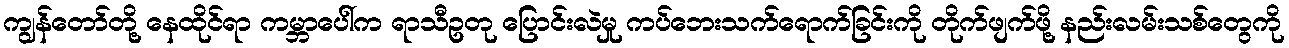
ကျွန်တော်တို့ နေထိုင်ရာ ကမ္ဘာပေါ်က ရာသီဥတု ပြောင်းလဲမှု ကပ်ဘေးသက်ရောက်ခြင်းကို တိုက်ဖျက်ဖို့ နည်းလမ်းသစ်တွေကို